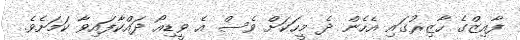
ފާއިޒްގެ ހާޒިރުގައި އެހެން ދެ މީހަކަށް ވެސް އެ ވީޑިއޯ ދައްކާފައިވާ ކަމަށެވެ.